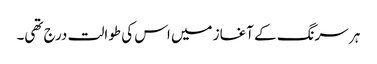
ہر سرنگ کے آغاز میں اس کی طوالت درج تھی۔